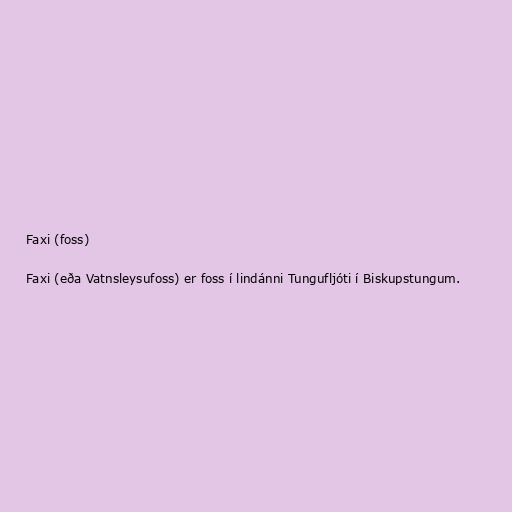
Faxi (foss)

Faxi (eða Vatnsleysufoss) er foss í lindánni Tungufljóti í Biskupstungum.